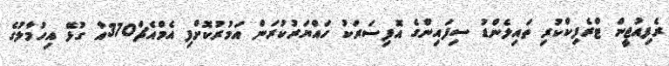
ރެފިއުޖީން ޓްރެެފިކްކުރި ތައިލެންޑު ސިފައިންގެ އޮފިސަރަކު ހައްޔަރުކުރަން އަމުރުކޮށްފި އެމްއެޗް370އާ ގުޅޭ އިހުމާލުގެ